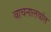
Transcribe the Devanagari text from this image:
वाचनालयांत